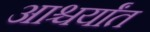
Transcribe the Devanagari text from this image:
आश्चर्यांत